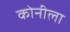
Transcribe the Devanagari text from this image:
कोनीला